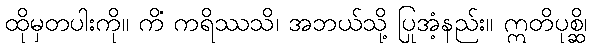
ထိုမှတပါးကို။ ကိံ ကရိဿသိ၊ အဘယ်သို့ ပြုအံ့နည်း။ ဣတိပုစ္ဆိ၊